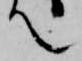
て